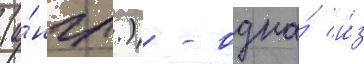
(а́нгл.) - одна́ и́з